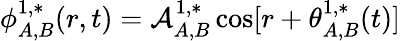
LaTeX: \phi_{A,B}^{1,*}(r,t)=\mathcal{A}_{A,B}^{1,*}\cos[r+\theta_{A,B}^{1,*}(t)]